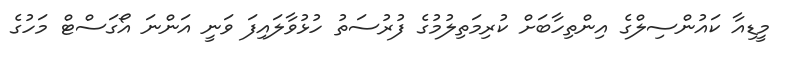
މީޑިއާ ކައުންސިލްގެ އިންތިހާބަށް ކުރިމަތިލުމުގެ ފުރުސަތު ހުޅުވާލައިފަ ވަނީ އަންނަ އޯގަސްޓް މަހުގެ